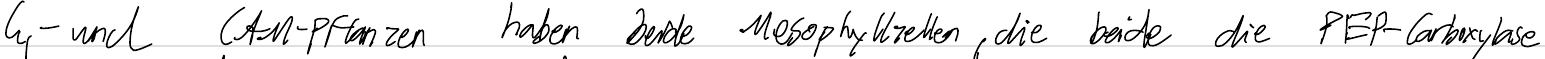
C4- und CAM-Pflanzen haben beide Mesophyllzellen, die beide die PEP-Carboxylase